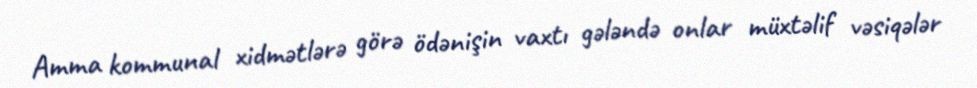
Amma kommunal xidmətlərə görə ödənişin vaxtı gələndə onlar müxtəlif vəsiqələr